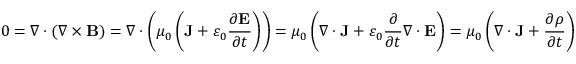
0 = \nabla \cdot ( \nabla \times \mathbf { B } ) = \nabla \cdot \left( \mu _ { 0 } \left( \mathbf { J } + \varepsilon _ { 0 } { \frac { \partial \mathbf { E } } { \partial t } } \right) \right) = \mu _ { 0 } \left( \nabla \cdot \mathbf { J } + \varepsilon _ { 0 } { \frac { \partial } { \partial t } } \nabla \cdot \mathbf { E } \right) = \mu _ { 0 } \left( \nabla \cdot \mathbf { J } + { \frac { \partial \rho } { \partial t } } \right)